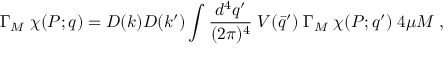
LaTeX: \Gamma _ { M } \; \chi ( P ; q ) = D ( k ) D ( k ^ { \prime } ) \int \frac { d ^ { 4 } q ^ { \prime } } { ( 2 \pi ) ^ { 4 } } \; V ( \bar { q } ^ { \prime } ) \; \Gamma _ { M } \; \chi ( P ; q ^ { \prime } ) \; 4 \mu M \; ,